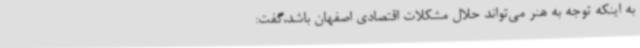
به اینکه توجه به هنر می‌تواند حلال مشکلات اقتصادی اصفهان باشد،گفت: